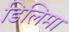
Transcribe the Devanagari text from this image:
डिलिमा